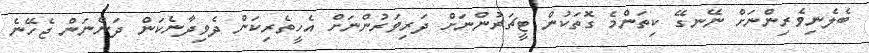
ބެލެނިވެރިންނަށް ނޭނގޭ ކިތަންމެ ގޮތަކުން ޓީޗަރުންނަށް ދަރިވަރުންނަށް އެހީތެރިކަން ދެވިދާނެކަން ދަންނަން ޖެހޭނެ